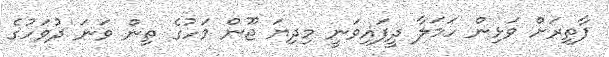
ފާތިރަށް ވަޅިން ހަމަލާ ދީފައިވަނީ މިދިޔަ ޖޫން މަހުގެ ތިން ވަނަ ދުވަހުގެ